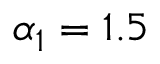
\alpha _ { 1 } = 1 . 5